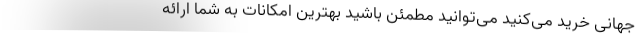
جهانی خرید می‌کنید می‌توانید مطمئن باشید بهترین امکانات به شما ارائه